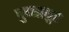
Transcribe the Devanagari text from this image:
पुन्नाथुर